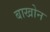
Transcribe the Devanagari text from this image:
बाखोन